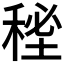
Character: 𥟚